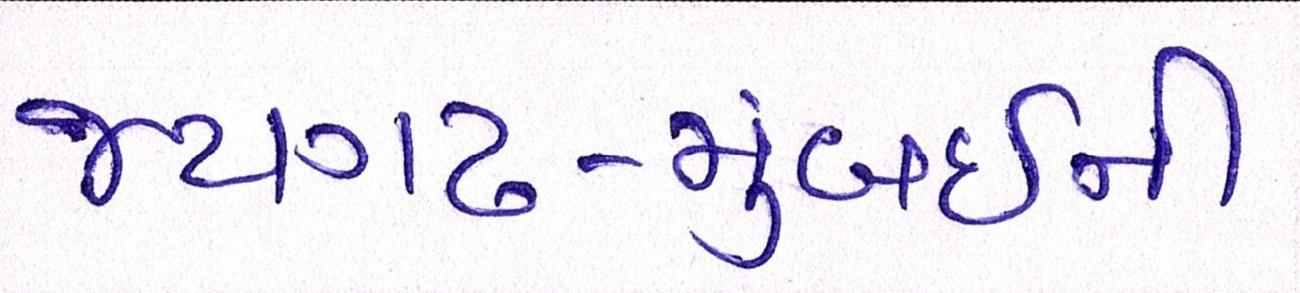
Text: જયગઢ-મુંબઈની